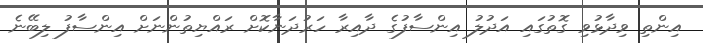
އިންތި ވިދާޅުވި ގޮތުގައި އަދުލު އިންސާފުގެ ދާއިރާ ހަރުދަނާކޮށް ރައްޔިތުންނަށް އިންސާފު ލިބޭނެ